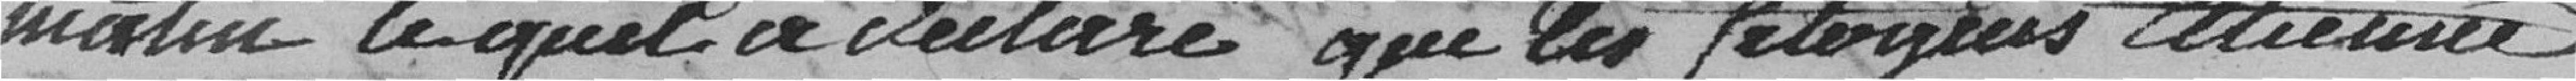
matin lequel a déclaré que les citoyens Etienne